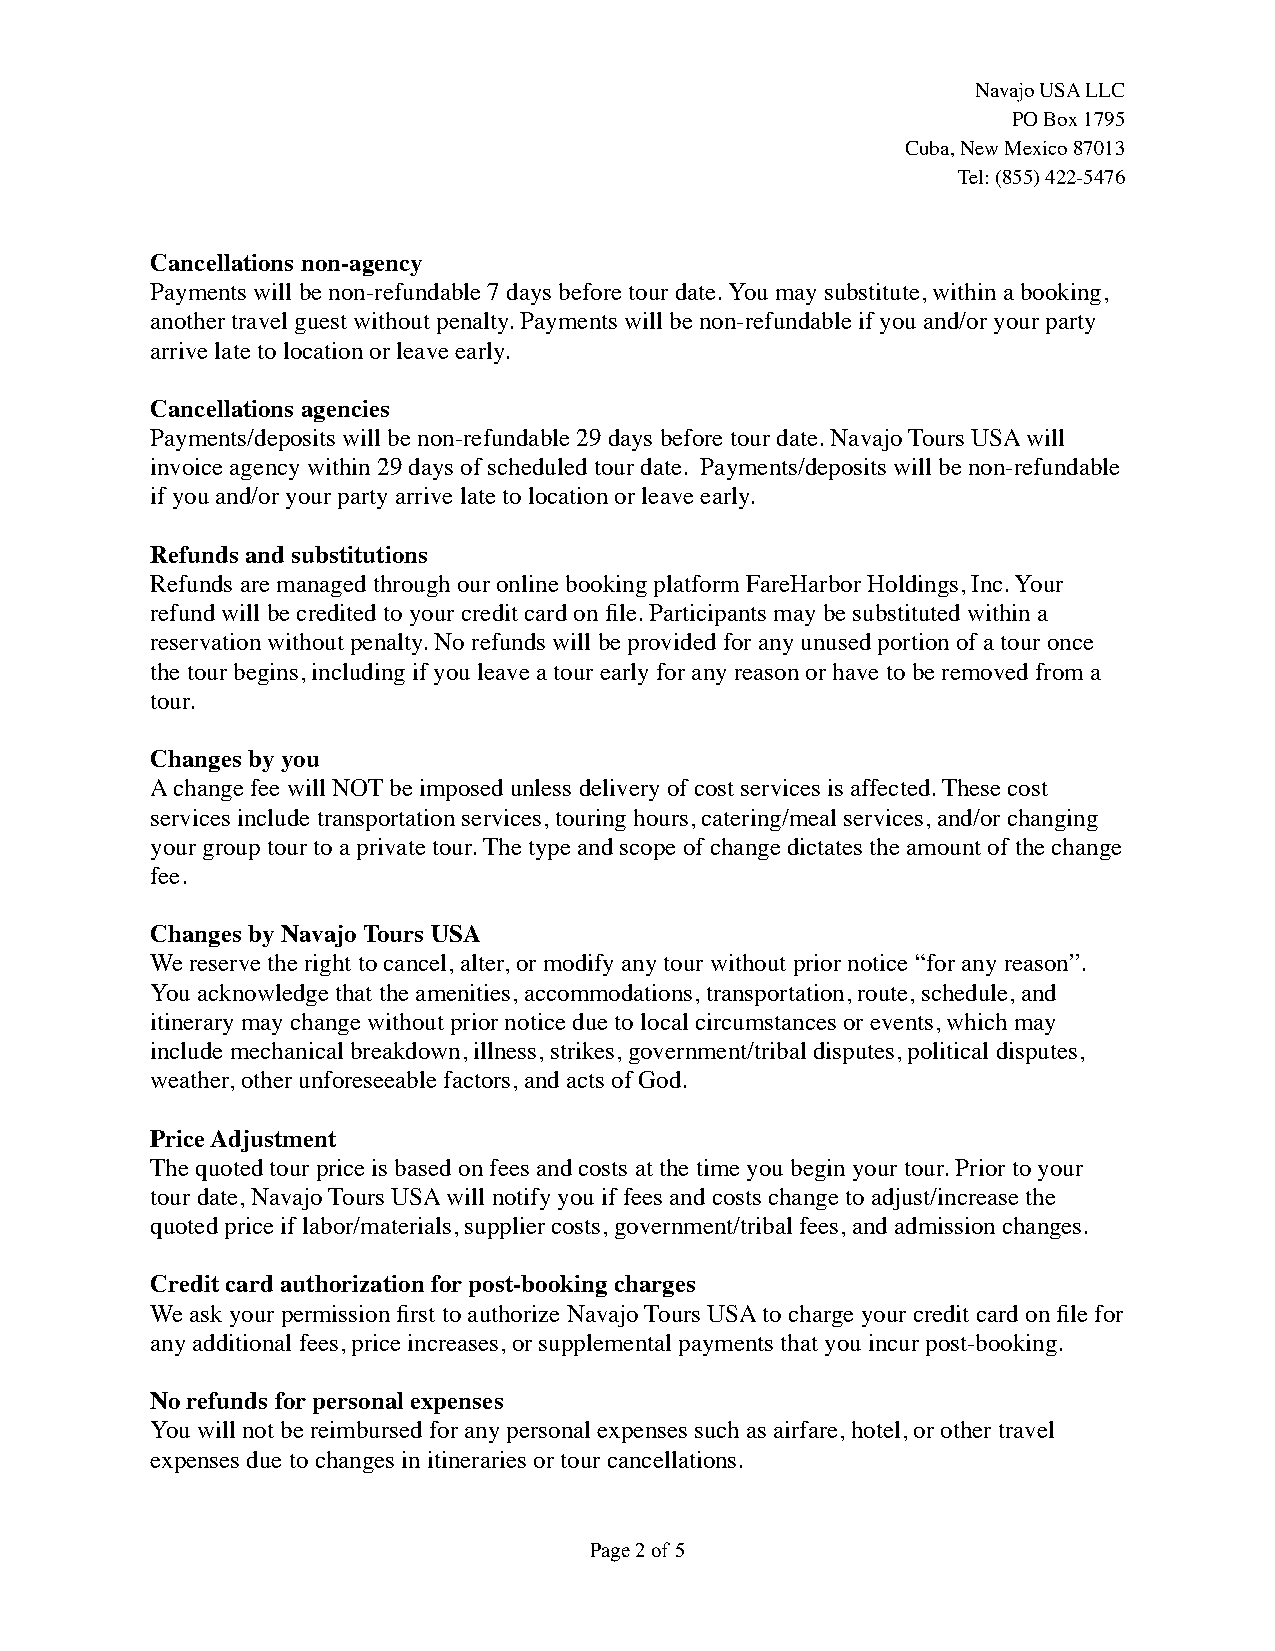
Navajo USA LLC
 PO Box 1795
 Cuba, New Mexico 87013
 Tel: (855) 422-5476
 Cancellations non-agency
 Payments will be non-refundable 7 days before tour date. You may substitute, within a booking,
 another travel guest without penalty. Payments will be non-refundable if you and/or your party
 arrive late to location or leave early.
 Cancellations agencies
 Payments/deposits will be non-refundable 29 days before tour date. Navajo Tours USA will
 invoice agency within 29 days of scheduled tour date. Payments/deposits will be non-refundable
 if you and/or your party arrive late to location or leave early.
 Refunds and substitutions
 Refunds are managed through our online booking platform FareHarbor Holdings, Inc. Your
 refund will be credited to your credit card on file. Participants may be substituted within a
 reservation without penalty. No refunds will be provided for any unused portion of a tour once
 the tour begins, including if you leave a tour early for any reason or have to be removed from a
 tour.
 Changes by you
 A change fee will NOT be imposed unless delivery of cost services is affected. These cost
 services include transportation services, touring hours, catering/meal services, and/or changing
 your group tour to a private tour. The type and scope of change dictates the amount of the change
 fee.
 Changes by Navajo Tours USA
 We reserve the right to cancel, alter, or modify any tour without prior notice “for any reason”.
 You acknowledge that the amenities, accommodations, transportation, route, schedule, and
 itinerary may change without prior notice due to local circumstances or events, which may
 include mechanical breakdown, illness, strikes, government/tribal disputes, political disputes,
 weather, other unforeseeable factors, and acts of God.
 Price Adjustment
 The quoted tour price is based on fees and costs at the time you begin your tour. Prior to your
 tour date, Navajo Tours USA will notify you if fees and costs change to adjust/increase the
 quoted price if labor/materials, supplier costs, government/tribal fees, and admission changes.
 Credit card authorization for post-booking charges
 We ask your permission first to authorize Navajo Tours USA to charge your credit card on file for
 any additional fees, price increases, or supplemental payments that you incur post-booking.
 No refunds for personal expenses
 You will not be reimbursed for any personal expenses such as airfare, hotel, or other travel
 expenses due to changes in itineraries or tour cancellations.
 Page !2 of !5